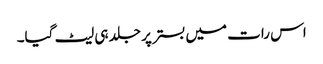
اس رات میں بستر پر جلد ہی لیٹ گیا۔